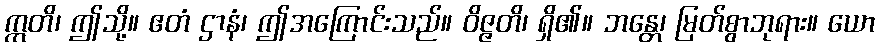
ဣတိ၊ ဤသို့။ ဧတံ ဌာနံ၊ ဤအကြောင်းသည်။ ဝိဇ္ဇတိ၊ ရှိ၏။ ဘန္တေ၊ မြတ်စွာဘုရား။ ယော